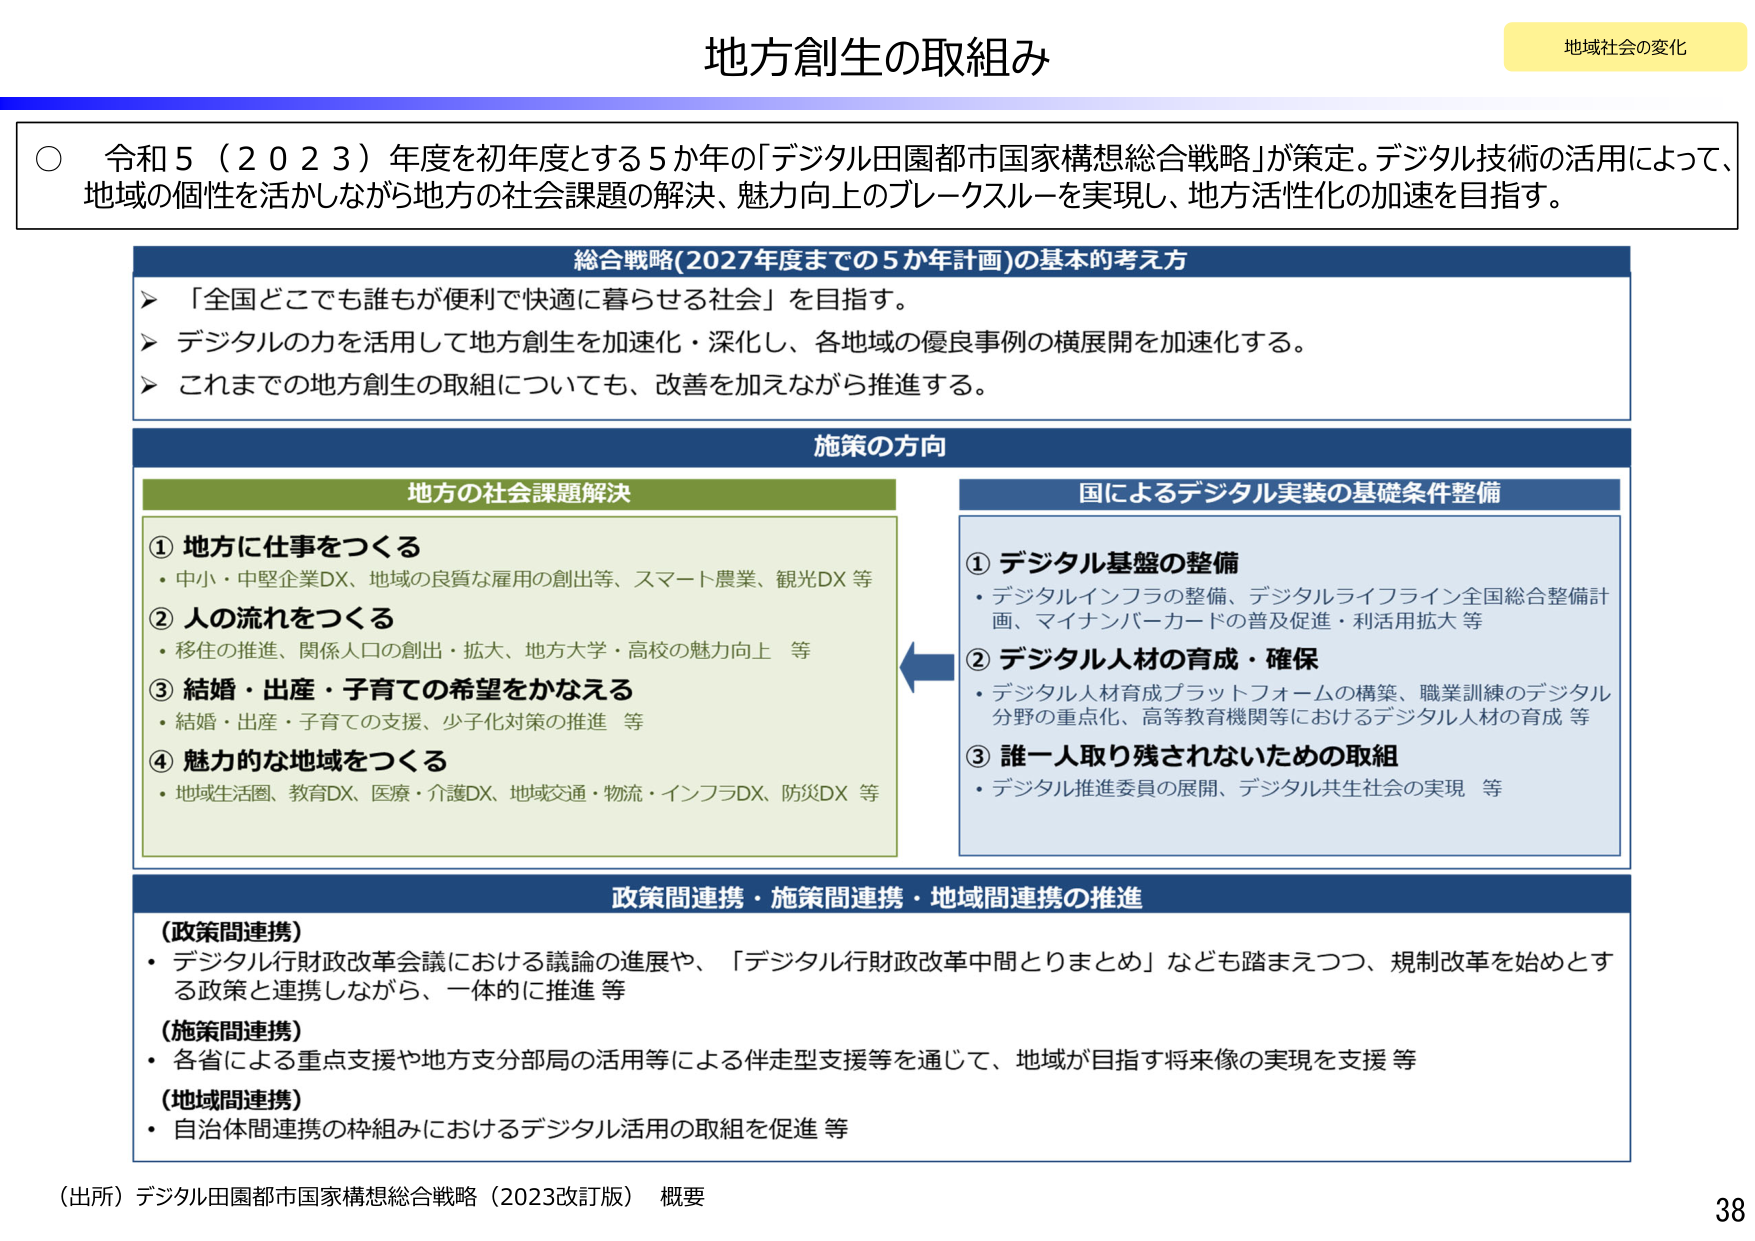
地方創生の取組み

地域社会の変化

○ 令和５（２０２３）年度を初年度とする５か年の「デジタル田園都市国家構想総合戦略」が策定。デジタル技術の活用によって、地域の個性を活かしながら地方の社会課題の解決、魅力向上のブレークスルーを実現し、地方活性化の加速を目指す。

総合戦略(2027年度までの5か年計画)の基本的考え方
➤ 「全国どこでも誰もが便利で快適に暮らせる社会」を目指す。
➤ デジタルの力を活用して地方創生を加速化・深化し、各地域の優良事例の横展開を加速化する。
➤ これまでの地方創生の取組についても、改善を加えながら推進する。

施策の方向

地方の社会課題解決
① 地方に仕事をつくる
・中小・中堅企業DX、地域の良質な雇用の創出等、スマート農業、観光DX 等
② 人の流れをつくる
・移住の推進、関係人口の創出・拡大、地方大学・高校の魅力向上 等
③ 結婚・出産・子育ての希望をかなえる
・結婚・出産・子育ての支援、少子化対策の推進 等
④ 魅力的な地域をつくる
・地域生活圏、教育DX、医療・介護DX、地域交通・物流・インフラDX、防災DX 等

国によるデジタル実装の基礎条件整備
① デジタル基盤の整備
・デジタルインフラの整備、デジタルライフライン全国総合整備計画、マイナンバーカードの普及促進・利活用拡大 等
② デジタル人材の育成・確保
・デジタル人材育成プラットフォームの構築、職業訓練のデジタル分野の重点化、高等教育機関等におけるデジタル人材の育成 等
③ 誰一人取り残されないための取組
・デジタル推進委員の展開、デジタル共生社会の実現 等

政策間連携・施策間連携・地域間連携の推進
（政策間連携）
・デジタル行財政改革会議における議論の進展や、「デジタル行財政改革中間とりまとめ」なども踏まえつつ、規制改革を始めとする政策と連携しながら、一体的に推進 等
（施策間連携）
・各省による重点支援や地方支分部局の活用等による伴走型支援等を通じて、地域が目指す将来像の実現を支援 等
（地域間連携）
・自治体間連携の枠組みにおけるデジタル活用の取組を促進 等

（出所）デジタル田園都市国家構想総合戦略（2023改訂版） 概要

38